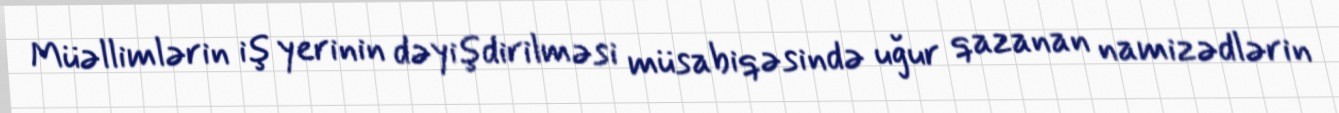
Müəllimlərin iş yerinin dəyişdirilməsi müsabiqəsində uğur qazanan namizədlərin